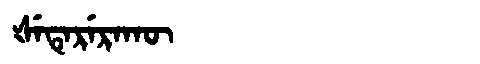
Manchu: ᡧᡝᡨᡝᡵᡝᡵᠠᡴᡡ
Romanization: ŠETERERAKŪ